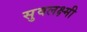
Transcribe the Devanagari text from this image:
सुवलक्ष्मी